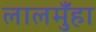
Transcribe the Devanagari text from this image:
लालमुँहा